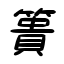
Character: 簣